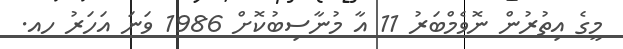
މީގެ އިތުރުން ނޮވެމްބަރު 11 އާ މުނާސިބުކޮށް 1986 ވަނަ އަހަރު ހއ.